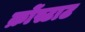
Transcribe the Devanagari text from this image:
क्रोंस्टाट